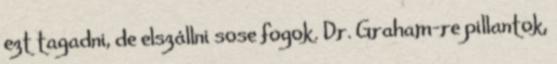
ezt tagadni, de elszállni sose fogok. Dr. Graham-re pillantok,